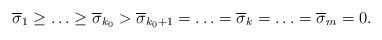
LaTeX: \begin{align*} \overline{\sigma}_1\ge\ldots\ge\overline{\sigma}_{k_0}>\overline{\sigma}_{k_0+1}=\ldots=\overline{\sigma}_k=\ldots=\overline{\sigma}_{m}=0. \end{align*}